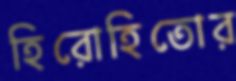
হিরোহিতোর